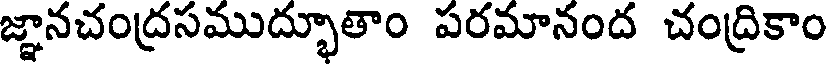
జ్ఞానచంద్రసముద్భూతాం పరమానంద చంద్రికాం